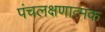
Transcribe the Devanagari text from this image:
पंचलक्षणात्मक